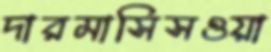
দারমাসিসওয়া